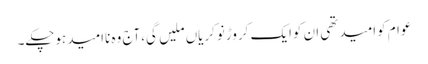
عوام کوامیدتھی ان کوایک کروڑنوکریاں ملیں گی،آج وہ ناامیدہوچکے۔